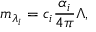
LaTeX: m _ { \lambda _ { i } } = c _ { i } \frac { \alpha _ { i } } { 4 \pi } \Lambda ,